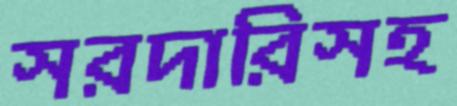
সরদারিসহ